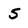
Character: s